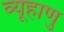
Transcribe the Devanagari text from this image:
व्यूहाणु